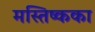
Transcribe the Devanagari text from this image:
मस्तिष्कका